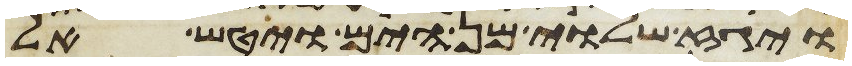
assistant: ויגז שלוי מן הים ויטש אל